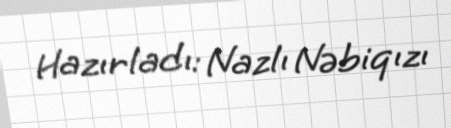
Hazırladı: Nazlı Nəbiqızı